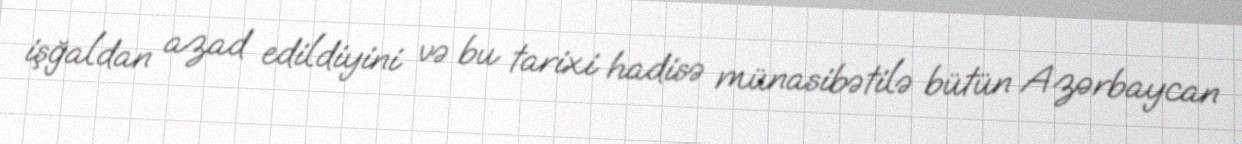
işğaldan azad edildiyini və bu tarixi hadisə münasibətilə bütün Azərbaycan